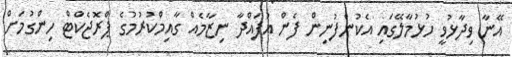
އޭނާ ވިދާޅުވީ ހުޅުމާލޭގައި އެކުންފުނިން ފެން އުފައްދާ ނިޒާމެއް ގާއިމްކުރުމުގެ ޕްރޮޖެކްޓް ހިންގުމަށް